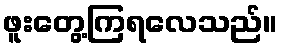
ဖူးတွေ့ကြရလေသည်။